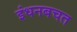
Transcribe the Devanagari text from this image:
इंधनबचत